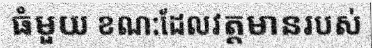
ធំមួយ ខណ:ដែលវត្តមានរបស់